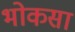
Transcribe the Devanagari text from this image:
भोकसा